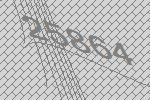
25864